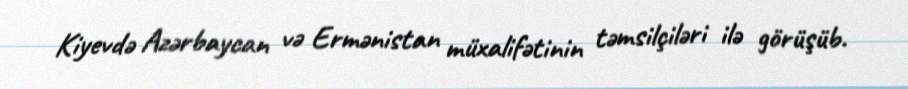
Kiyevdə Azərbaycan və Ermənistan müxalifətinin təmsilçiləri ilə görüşüb.